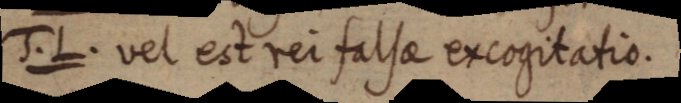
J. L. vel est rei falsae ex cogitatio.